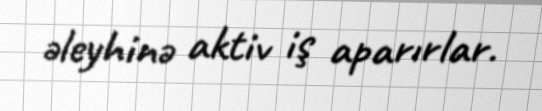
əleyhinə aktiv iş aparırlar.